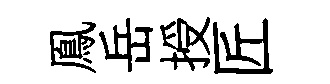
鳯岳授匠